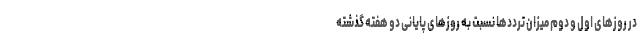
در روزهای اول و دوم میزان ترددها نسبت به روزهای پایانی دو هفته گذشته